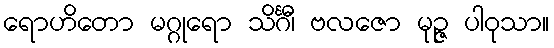
ရောဟိတော မဂ္ဂုရော သိင်္ဂီ၊ ဗလဇော မုဉ္ဇ ပါဝုသာ။